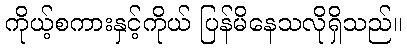
ကိုယ့်စကားနှင့်ကိုယ် ပြန်မိနေသလိုရှိသည်။